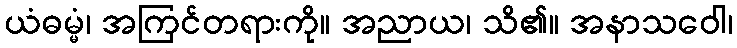
ယံဓမ္မံ၊ အကြင်တရားကို။ အညာယ၊ သိ၏။ အနာသဝေါ၊